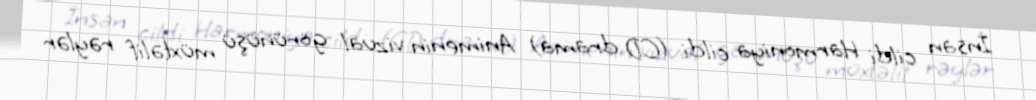
İnsan cildi Harmoniya cildi (CD drama) Animenin vizual görünüşü müxtəlif rəylər